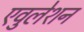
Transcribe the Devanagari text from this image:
एवुलेशन